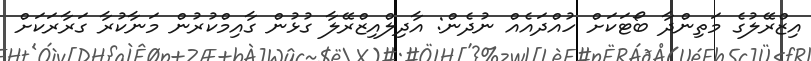
އިޒްރޭލުގެ މަތިންދާ ބޯޓަކަށް ހުއްދައެއް ނުދެން: އާދިލްއިޒްރޭލާ ގުޅުން ގާއިމްކުރުން މަނާކުރާ ގަރާރަކަށް